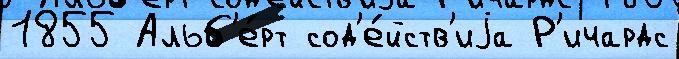
1855 Альб'е́рт сод'е́йств'иjа Р'ичардс